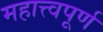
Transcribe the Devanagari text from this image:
महात्त्वपूर्ण